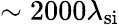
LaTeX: \sim 2000\lambda_{\mathrm{si}}